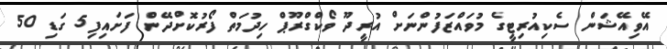
އޭވިއޭޝަން ސެކިއުރިޓީގެ މުވައްޒަފުންނަށް އުރީދޫ ވޯކްގްރޫޕް ހިދުމަތް ފޯރުކޮށްދޭން ފަށައިފި5 ގަޑި 50